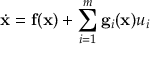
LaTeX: { \dot { \mathbf { x } } } = \mathbf { f ( x ) } + \sum _ { i = 1 } ^ { m } \mathbf { g } _ { i } ( \mathbf { x } ) u _ { i }